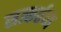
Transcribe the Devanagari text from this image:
सत्कर्तव्य